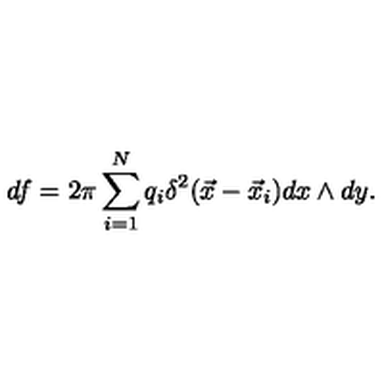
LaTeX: d f = 2 \pi \sum _ { i = 1 } ^ { N } q _ { i } \delta ^ { 2 } ( \vec { x } - \vec { x } _ { i } ) d x \wedge d y .